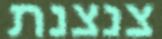
צנצנת